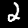
Label: 2